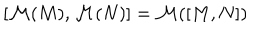
[ { \cal M } ( M ) , { \cal M } ( N ) ] = { \cal M } ( [ M , N ] )